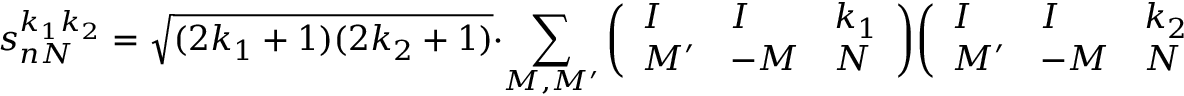
s _ { n N } ^ { k _ { 1 } k _ { 2 } } = { \sqrt { ( 2 k _ { 1 } + 1 ) ( 2 k _ { 2 } + 1 ) } } \cdot \sum _ { M , M ^ { \prime } } { \left( \begin{array} { l l l } { I } & { I } & { k _ { 1 } } \\ { M ^ { \prime } } & { - M } & { N } \end{array} \right) } { \left( \begin{array} { l l l } { I } & { I } & { k _ { 2 } } \\ { M ^ { \prime } } & { - M } & { N } \end{array} \right) }